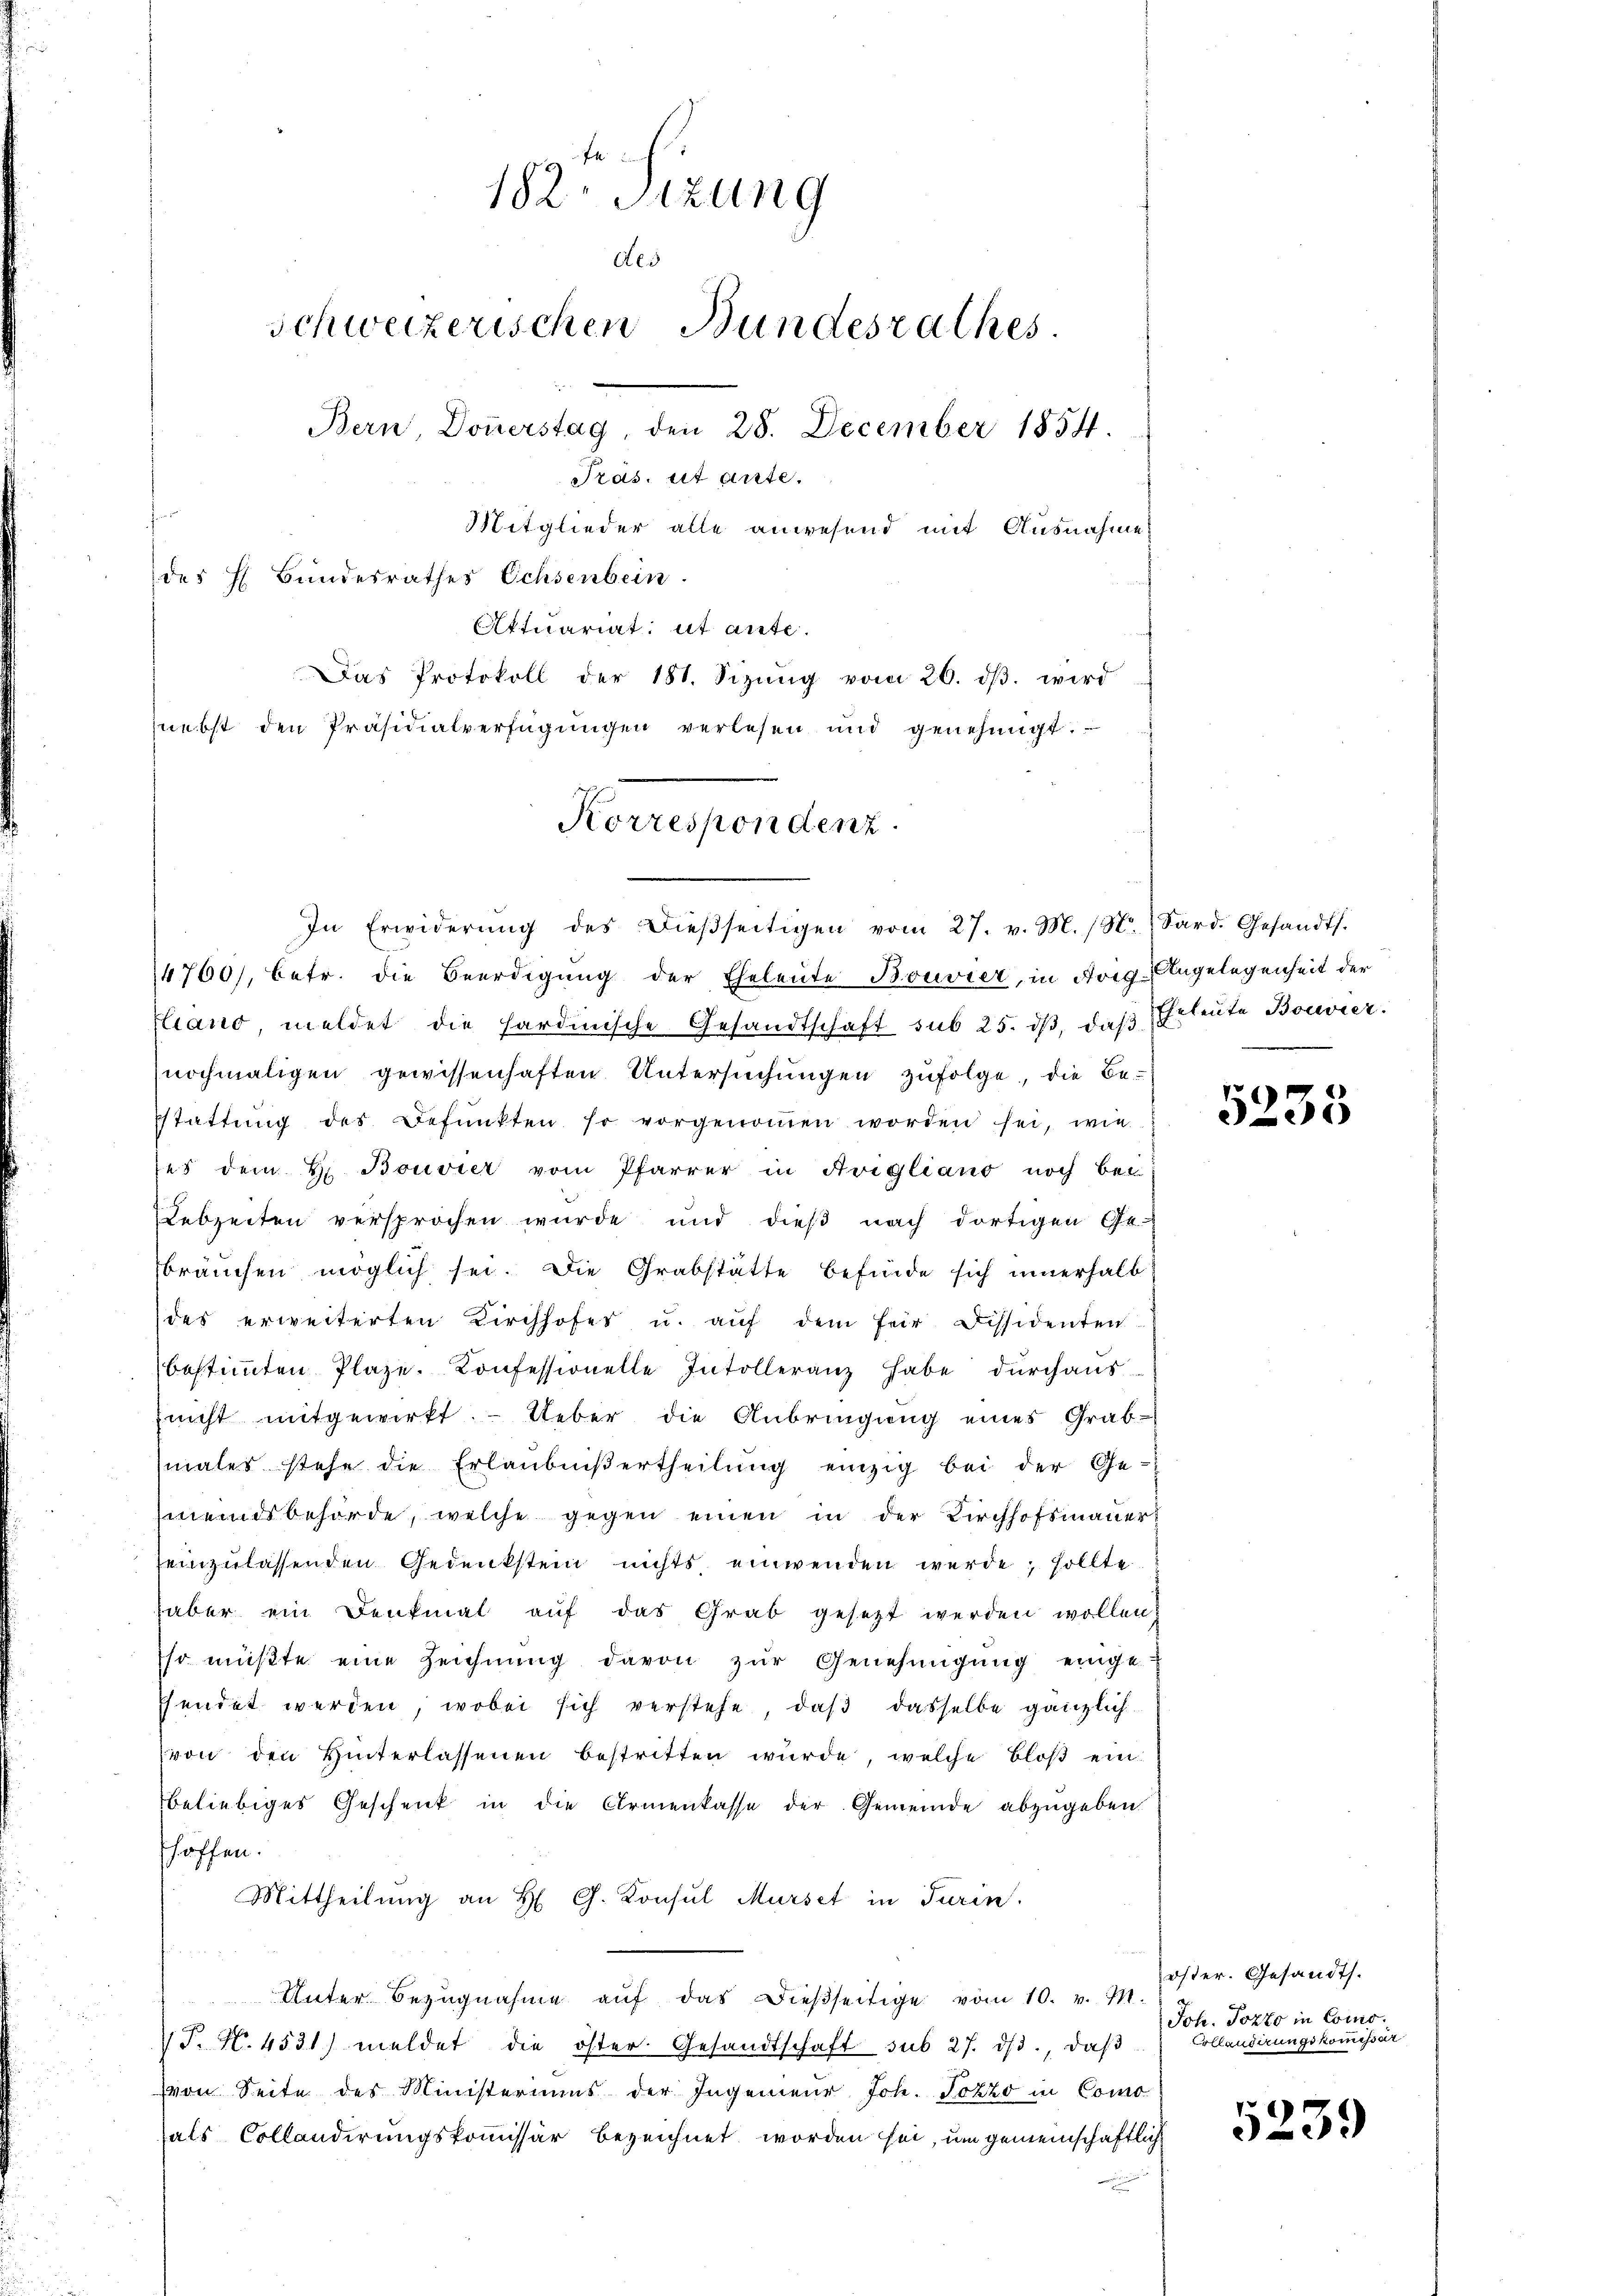
182. Sizung
des
Bern, Donnerstag, den 28. December 1854.
Pras, ut aute.
Mitglieder alle anwesend mit Ausnahme
des H Bundesrathes Ochsenbein.
Aktuariat it ause.
Das Protokoll der 181. Sizŭng vom 26. dβ. wird
nebst den Präsidialverfügungen verlesen und genehmigt.

schweizerischen Bundesrathes.

Korrespondenz.

In Erwiderŭng des dießseitigen vom 27. v. M. (N. Sard. Gesandts.
14760), betr. die Beerdigung der Eheleute Bouvier, in Arig-Angelegenheit der
Ciano, meldet die hardinische Gesandtschaft sub 25. dβ, daβ Erleute Bouvier
nochmaligen gewissenhaften Untersuchungen zufolge, die Be-
Estattŭng des Befunkten so vorgenoṁen worden sei, wie
ses dem H. Bouvier vom Pfarrer in Avigliano noch bei
Lebzeiten versprochen wurde und dieβ nach dortigen Ge-
bräuchen möglich sei. Die Grabstätte befinde sich innerhalb
des erweiterten Kirchhofes u. aŭf dem für dissidenten
bestimmten Plaze. Konfessionelle Intolleranz habe durchaus
nicht mitgewirkt.  Ueber die Anbringung eines Grabe
males stehe die Erlaubniß ertheilung einzig bei der Ge-
emeindsbehörde, welche gegen einen in der Kirchhofsmauer
einzulassenden Gedenkstein nichts einwenden werde; sollte
haber ein Denkmal aŭf das Grab gesetzt werden wollen,
so müßte eine Zeichnung davon zur Genehmigung einge-
ffendet werden, wobei sich verstehe, daß dasselbe gänzlich
von den Hinterlassenen bestritten wurde, welche Bloß einbeliebiges Geschenk in die Armenkasse der Gemeinde abzugeben.
hoffen.
Mittheilung an H. Ch. Konsul Murse in Turin,
Unter Bezŭgnahme aŭf das dießseitige vom 10. v. M.
T. N. 4531) meldet die öster Gesandtschaft sub 27. dβ, daβ
von Seite des Ministeriums der Ingenieur Joh. Jozzo in Como
als Collandirungskommissär bezeichnet worden sei, um gemeinschaftlich

5235

öster. Gesandts.
Joh. Porto in Como¬
Collaudirungskommissar

5239